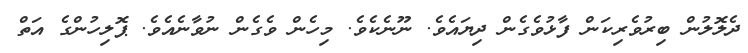
ދެލޮލުން ބިރުވެރިކަން ފާޅުވެގެން ދިޔައެވެ. ނޫނެކެވެ. މިހެން ވެގެން ނުވާނެއެވެ. ޕޮލިހުންގެ އަތް